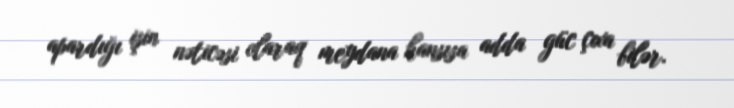
apardığı işin nəticəsi olaraq meydana hansısa adda güc çıxa bilər.